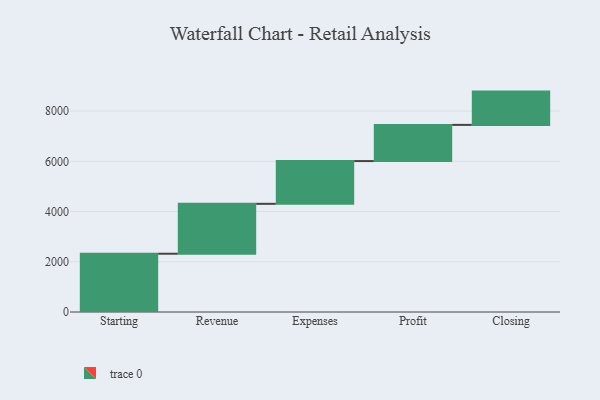
{"axis": {"x": "Step", "y": "Value"}, "legend": [""], "data": [{"x": "Starting", "y": 2320.0, "type": ""}, {"x": "Revenue", "y": 1987.0, "type": ""}, {"x": "Expenses", "y": 1702.0, "type": ""}, {"x": "Profit", "y": 1441.0, "type": ""}, {"x": "Closing", "y": 1325.0, "type": ""}]}